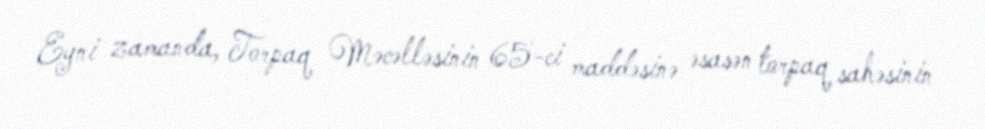
Eyni zamanda, Torpaq Məcəlləsinin 65-ci maddəsinə əsasən torpaq sahəsinin